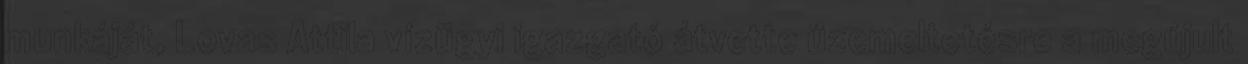
munkáját, Lovas Attila vízügyi igazgató átvette üzemeltetésre a megújult